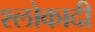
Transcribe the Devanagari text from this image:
श्लोकादी